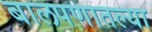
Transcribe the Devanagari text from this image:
बालपणातल्या